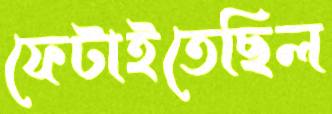
ফেটাইতেছিল